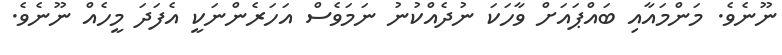
ނޫނެވެ. މަންމައާއި ބައްޕައަށް ވާހަކަ ނުދެއްކުނު ނަމަވެސް އަހަރެންނަކީ އެފަދަ މީހެއް ނޫނެވެ.